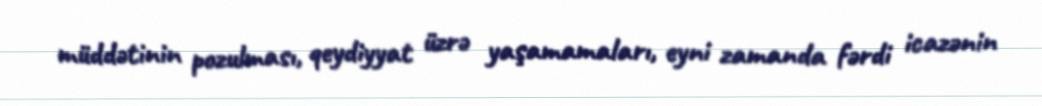
müddətinin pozulması, qeydiyyat üzrə yaşamamaları, eyni zamanda fərdi icazənin